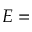
E =